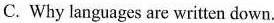
C. Why languages are written down.